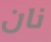
نان